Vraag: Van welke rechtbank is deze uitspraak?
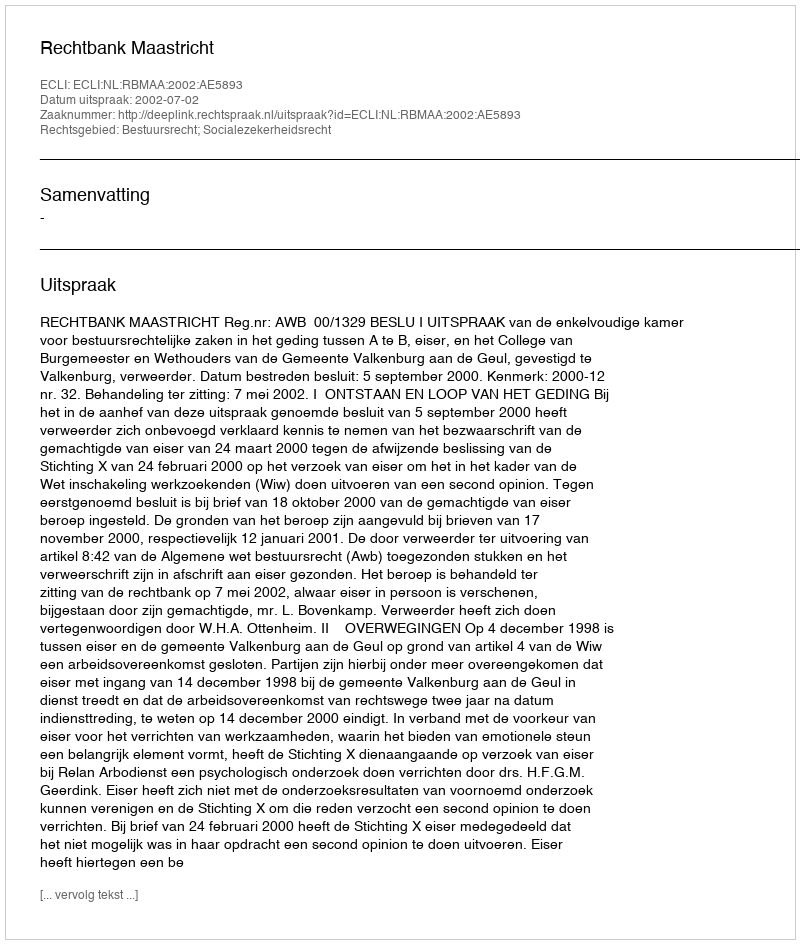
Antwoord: Rechtbank Maastricht